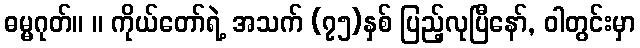
ဓမ္မဂုတ်။ ။ ကိုယ်တော်ရဲ့ အသက် (၇၅)နှစ် ပြည့်လုပြီနော်, ဝါတွင်းမှာ